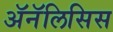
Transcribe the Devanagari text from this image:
ॲनॅलिसिस